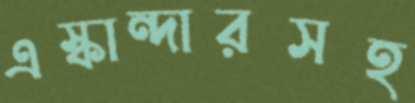
এস্কান্দারসহ